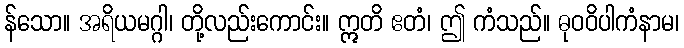
န်သော။ အရိယမဂ္ဂါ၊ တို့လည်းကောင်း။ ဣတိ ဧတံ၊ ဤ ကံသည်။ ဓုဝဝိပါကံနာမ၊